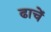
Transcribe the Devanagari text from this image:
ढाचें